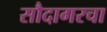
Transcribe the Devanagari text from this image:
सौदागरचा